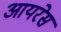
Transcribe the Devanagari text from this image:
आयरेस